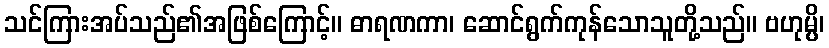
သင်ကြားအပ်သည်၏အဖြစ်ကြောင့်။ ဓာရဏကာ၊ ဆောင်ရွက်ကုန်သောသူတို့သည်။ ဗဟုမ္ပိ၊